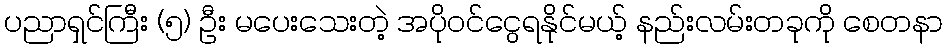
ပညာရှင်ကြီး (၅) ဦး မပေးသေးတဲ့ အပိုဝင်ငွေရနိုင်မယ့် နည်းလမ်းတခုကို စေတနာ